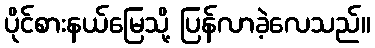
ပိုင်စားနယ်မြေသို့ ပြန်လာခဲ့လေသည်။